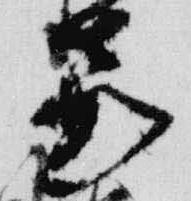
嘉